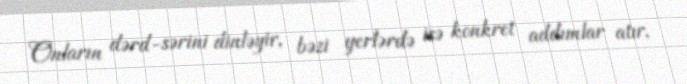
Onların dərd-sərini dinləyir, bəzi yerlərdə isə konkret addımlar atır,